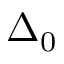
\Delta _ { 0 }